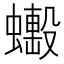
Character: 𧒼